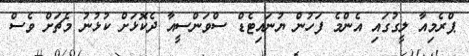
ޕްރެމިއާ ލީގުގައި އެންމެ ފަހުން ޔުނައިޓެޑް ސްވަންސީއާ ދެކޮޅަށް ކުޅުނު މެޗަށް ވެސް